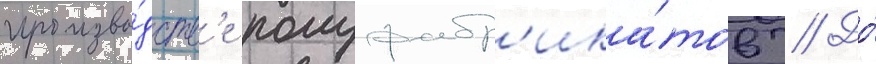
произво́дств'е полуфабр'ика́тов // До́